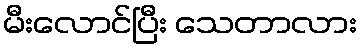
မီးလောင်ပြီး သေတာလား